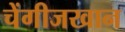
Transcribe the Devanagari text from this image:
चेंगीजखान